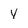
Character: Y